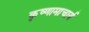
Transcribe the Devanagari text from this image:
कृष्णामाचार्य